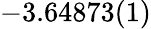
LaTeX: -3.64873(1)